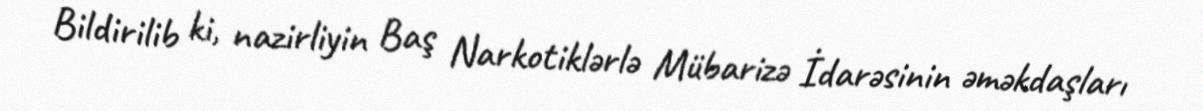
Bildirilib ki, nazirliyin Baş Narkotiklərlə Mübarizə İdarəsinin əməkdaşları